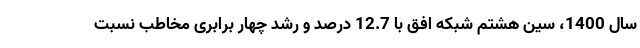
سال 1400، سین هشتم شبکه افق با 12.7 درصد و رشد چهار برابری مخاطب نسبت